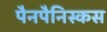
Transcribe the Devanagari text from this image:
पैनपैनिस्कस